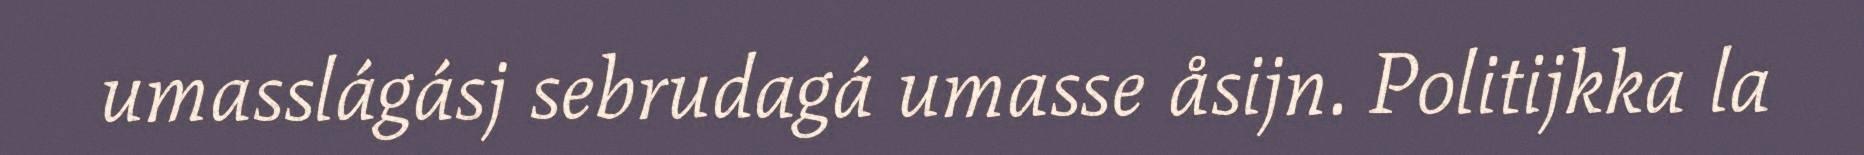
umasslágásj sebrudagá umasse åsijn. Politijkka la